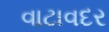
વાટાવદર